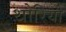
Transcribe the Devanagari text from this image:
थोरियो